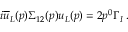
i \overline { { u } } _ { L } ( p ) \Sigma _ { 1 2 } ( p ) u _ { L } ( p ) = 2 p ^ { 0 } \Gamma _ { I } \, .